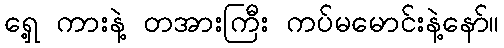
ရှေ့ ကားနဲ့ တအားကြီး ကပ်မမောင်းနဲ့နော်။